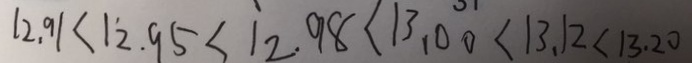
1 2 . 9 1 < 1 2 . 9 5 < \dot { 1 } 2 . 9 8 < 1 3 . 0 0 < 1 3 . 1 2 < 1 3 . 2 0